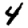
Digit: 4